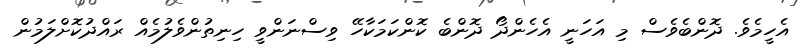
އެހީމެވެ. ދޮންބެވެސް މި އަހަނީ އެހެންދޯ ދޮންބެ ކޮންކަމަކާހޭ ވިސްނަންވީ ހިނިތުންވެލުމެއް ރައްދުކޮށްލަމުން